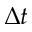
\Delta t